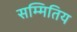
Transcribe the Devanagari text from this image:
सम्मितिय